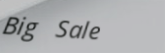
Big Sale